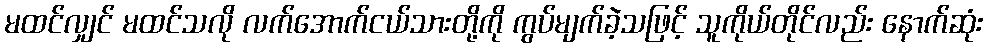
မထင်လျှင် မထင်သလို လက်အောက်ငယ်သားတို့ကို ကွပ်မျက်ခဲ့သဖြင့် သူကိုယ်တိုင်လည်း နောက်ဆုံး